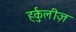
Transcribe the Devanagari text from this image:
हर्कुलीज़